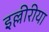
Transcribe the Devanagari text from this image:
इल्लीरीया